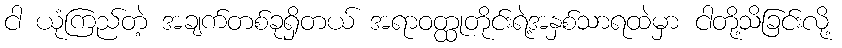
ငါ ယုံကြည်တဲ့ အချက်တစ်ခုရှိတယ် အရာဝတ္ထုတိုင်းရဲ့အနှစ်သာရထဲမှာ ငါတို့သိခြင်းလို့